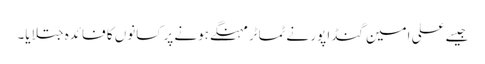
جیسے علی امین گنڈا پور نے ٹماٹر مہنگے ہونے پر کسانوں کا فائدہ جتلایا۔